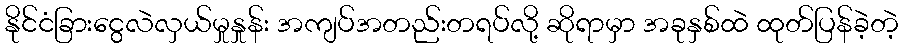
နိုင်ငံခြားငွေလဲလှယ်မှုနှုန်း အကျပ်အတည်းတရပ်လို့ ဆိုရာမှာ အခုနှစ်ထဲ ထုတ်ပြန်ခဲ့တဲ့